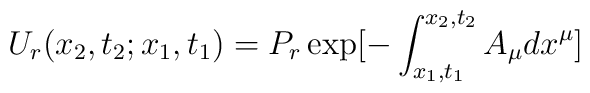
U_r(x_2,t_2; x_1,t_1) = P_r \exp [- \int_{x_1,t_1}^{x_2,t_2} A_\mu dx^\mu]